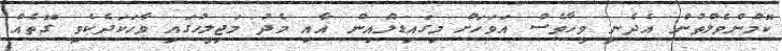
ކޮމްންވެލްތުން އެދެނީ ވީހާވެސް އަވަހަށް މިގައިޑްލައިން އާއި މެދު މަޖިލީހުގައި ވާހަކަދެކެވި ގޮތެއް